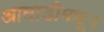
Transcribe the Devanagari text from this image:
आघाडीमधून